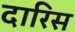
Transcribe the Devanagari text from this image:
दारिस